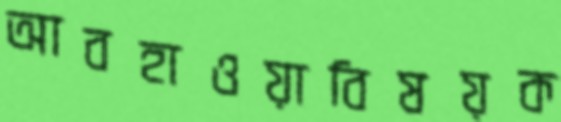
আবহাওয়াবিষয়ক